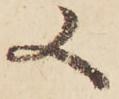
又